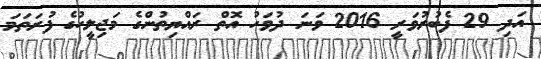
އަދި 29 ފެބުރުވަރީ 2016 ވަނަ ދުވަހު އޮތް ރައްޔިތުންގެ މަޖިލީހުގެ ފުރަތަމަ